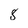
Character: 8